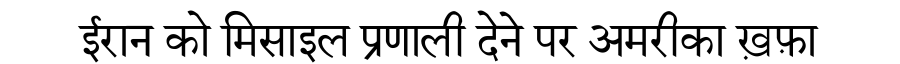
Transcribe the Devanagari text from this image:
ईरान को मिसाइल प्रणाली देने पर अमरीका ख़फ़ा